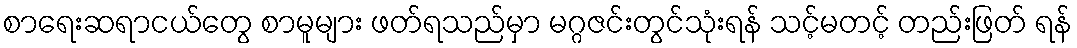
စာရေးဆရာငယ်တွေ စာမူများ ဖတ်ရသည်မှာ မဂ္ဂဇင်းတွင်သုံးရန် သင့်မတင့် တည်းဖြတ် ရန်